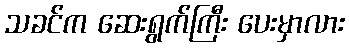
သခင်က ဆေးရွက်ကြီး ပေးမှာလား